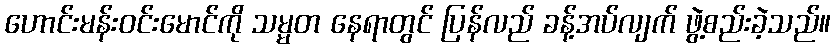
ဟောင်းမန်းဝင်းမောင်ကို သမ္မတ နေရာတွင် ပြန်လည် ခန့်အပ်လျက် ဖွဲ့စည်းခဲ့သည်။